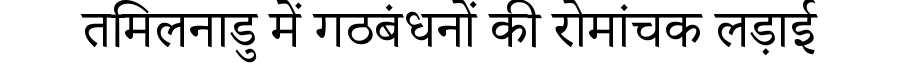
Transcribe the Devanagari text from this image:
तमिलनाडु में गठबंधनों की रोमांचक लड़ाई